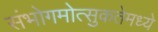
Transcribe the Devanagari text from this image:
संभोगमोत्सुकतेमध्ये